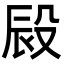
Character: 㲀